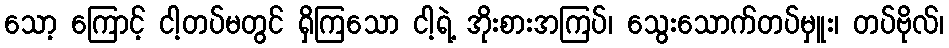
သော့ ကြောင့် ငါ့တပ်မတွင် ရှိကြသော ငါ့ရဲ့ အိုးစားအကြပ်၊ သွေးသောက်တပ်မှူး၊ တပ်ဗိုလ်၊